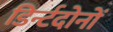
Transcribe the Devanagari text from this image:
डिर्न्टदोनों